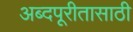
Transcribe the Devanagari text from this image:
अब्दपूरीतासाठी